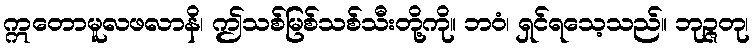
ဣတောမူလဖလာနိ၊ ဤသစ်မြစ်သစ်သီးတို့ကို။ ဘဝံ၊ ရှင်ရသေ့သည်။ ဘုဉ္ဇတု၊